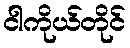
ငါကိုယ်တိုင်